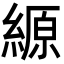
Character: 縓